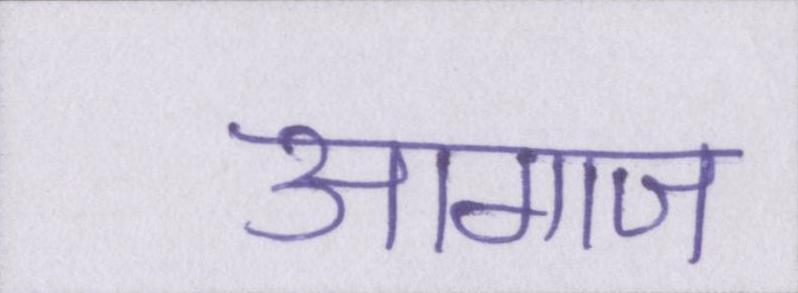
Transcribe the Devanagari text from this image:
आगाज